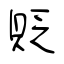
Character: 貶